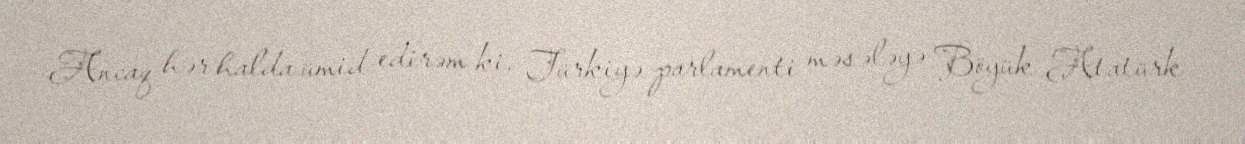
Ancaq hər halda ümid edirəm ki, Türkiyə parlamenti məsələyə Böyük Atatürk